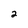
Character: 2